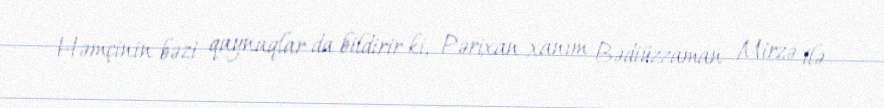
Həmçinin bəzi qaynaqlar da bildirir ki, Pərixan xanım Bədiüzzaman Mirzə ilə